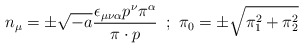
\begin{align*}n_\mu =\pm \sqrt{-a}\frac{\epsilon _{\mu \nu \alpha }p^\nu \pi ^\alpha }{\pi\cdot p}\,\,\,;\,\,\pi _0=\pm \sqrt{\pi _1^2+\pi _2^2}\end{align*}